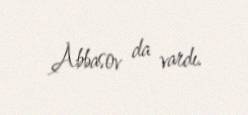
Abbasov da vardı.